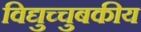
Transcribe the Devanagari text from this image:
विद्युच्चुबकीय